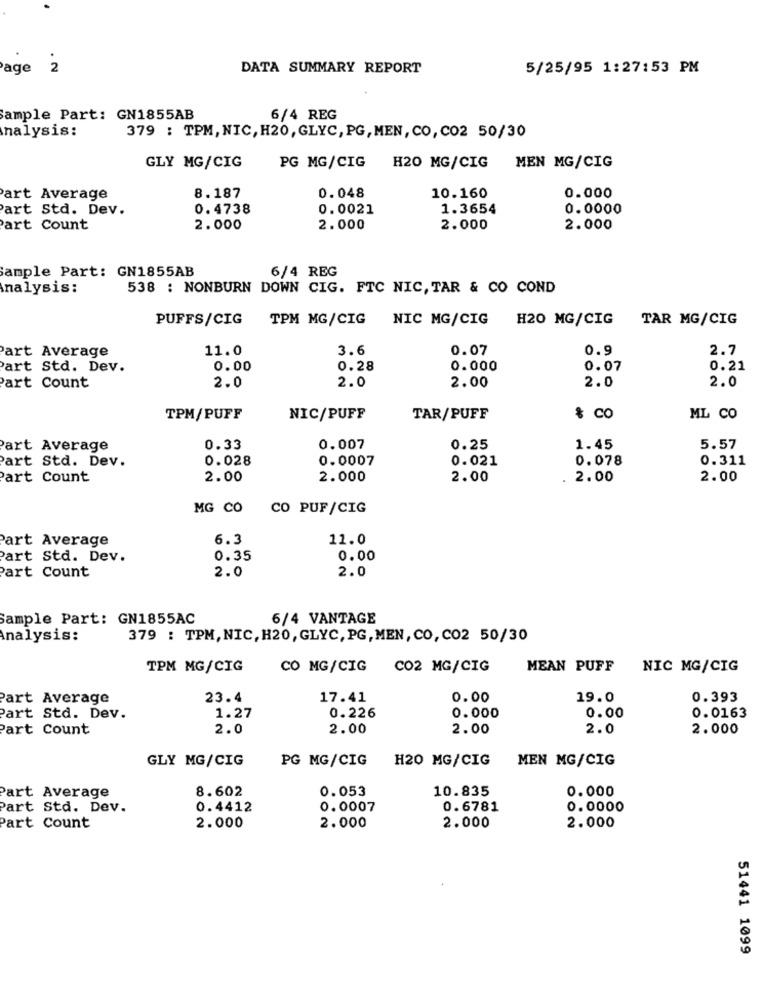
age 2
DATA SUMMARY REPORT
5/25/95 1:27:53 PM
Sample Part: GN1855AB
6/4 REG
Inalysis:
379 : TPM, NIC, H20, GLYC, PG, MEN, CO, CO2 50/30
GLY MG/CIG
PG MG/CIG
H20 MG/CIG MEN MG/CIG
art Average
8.187
0.048
10.160
0.000
art Std. Dev.
0.4738
0.0021
1.3654
0.0000
art Count
2.000
2.000
2.000
2.000
ample Part: GN1855AB
6/4 REG
nalysis:
538 : NONBURN DOWN CIG. FTC NIC, TAR & CO COND
PUFFS/CIG
TPM MG/CIG NIC MG/CIG
H20 MG/CIG
TAR MG/CIG
Part Average
11.0
3.6
0.07
0.9
2.7
Part Std. Dev.
0.00
0.28
0.000
0.07
0.21
2.0
Part Count
2.0
2.0
2.00
2.0
TPM/PUFF
NIC/PUFF
TAR/PUFF
& CO
ML CO
Part Average
0.33
0.007
0.25
1.45
5.57
Part Std. Dev.
0.028
0.0007
0.021
0.078
0.311
art Count
2.00
2.000
2.00
2.00
2.00
MG CO
CO PUF/CIG
Part Average
6.3
11.0
Part Std. Dev.
0.35
0.00
2.0
2.0
Part Count
Sample Part: GN1855AC
6/4 VANTAGE
Analysis:
379 : TPM, NIC, H20, GLYC, PG, MEN, CO, CO2 50/30
TPM MG/CIG
CO MG/CIG
CO2 MG/CIG
MEAN PUFF
NIC MG/CIG
Part Average
23.4
17.41
0.00
19.0
0.393
Part Std. Dev.
1.27
0.226
0.000
0.00
0.0163
art Count
2.0
2.00
2.00
2.0
2.000
GLY MG/CIG
PG MG/CIG
H20 MG/CIG
MEN MG/CIG
8.602
0.053
10.835
0.000
Part Average
Part Std. Dev.
0.4412
0.0007
0.6781
0.0000
Part Count
2.000
2.000
2.000
2.000
51441 1099